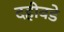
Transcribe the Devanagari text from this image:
दहीवडे